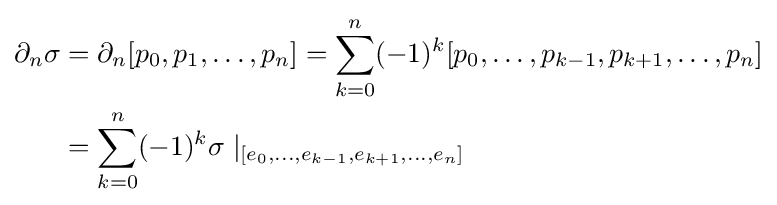
{\begin{aligned}\partial _{n}\sigma &=\partial _{n}[p_{0},p_{1},\ldots ,p_{n}]=\sum _{k=0}^{n}(-1)^{k}[p_{0},\ldots ,p_{k-1},p_{k+1},\ldots ,p_{n}]\\&=\sum _{k=0}^{n}(-1)^{k}\sigma \mid _{[e_{0},\ldots ,e_{k-1},e_{k+1},\ldots ,e_{n}]}\end{aligned}}